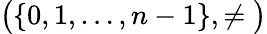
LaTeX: {\big(}\{ 0,1,\dots,n-1\} ,\neq{\big)}